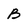
Character: B